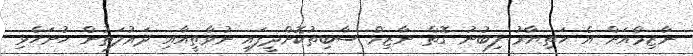
ނާޒިމްއަށް އެ ހަތިޔާރު ލިބުނު ގޮތް ނާޒިމް ސާބިތުކޮށްދީފައި ނުވާތީއާއި ދައުލަތުން ހުށަހެޅި